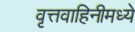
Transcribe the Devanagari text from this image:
वृत्तवाहिनीमध्ये